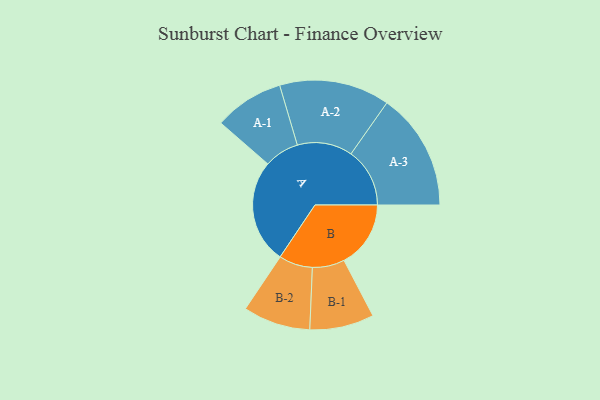
{"axis": {"x": "Segment", "y": "Value"}, "legend": ["", "A", "B"], "data": [{"x": "A", "y": 469, "type": ""}, {"x": "B", "y": 301, "type": ""}, {"x": "A-1", "y": 157, "type": "A"}, {"x": "A-2", "y": 249, "type": "A"}, {"x": "A-3", "y": 265, "type": "A"}, {"x": "B-1", "y": 145, "type": "B"}, {"x": "B-2", "y": 152, "type": "B"}]}